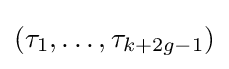
(\tau _{1},\dots ,\tau _{k+2g-1})